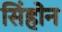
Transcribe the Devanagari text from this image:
सिंहोन